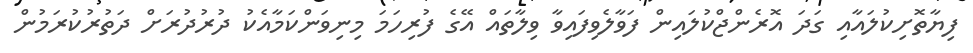
ފިޔާތޮށިކުލައާއި ގަދަ އޮރެންޖްކުލައިން ފަވާލެވިފައިވާ ވިލާތައް އޭގެ ފުރިހަމަ މިނިވަންކަމާއެކު ދުރުދުރަށް ދަތުރުކުރަމުން